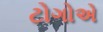
ટોગોએ